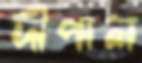
দীপাল